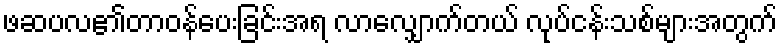
ဖဆပလ၏တာဝန်ပေးခြင်းအရ လာလျှောက်တယ် လုပ်ငန်းသစ်များအတွက်